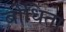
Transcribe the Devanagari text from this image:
बोधिता